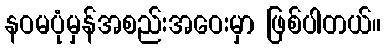
နဝမပုံမှန်အစည်းအဝေးမှာ ဖြစ်ပါတယ်။